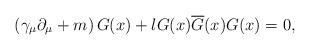
LaTeX: \begin{align*}\left( \gamma _\mu \partial _\mu +m\right)G(x)+lG(x)\overline{G}(x)G(x)=0 ,\end{align*}